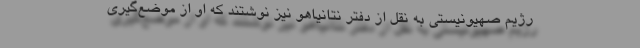
رژیم صهیونیستی به نقل از دفتر نتانیاهو نیز نوشتند که او از موضع‌گیری